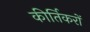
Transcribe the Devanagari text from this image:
कीर्तिकरों